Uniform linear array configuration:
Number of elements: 8
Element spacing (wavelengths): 0.25
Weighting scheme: hann
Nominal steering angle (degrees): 15
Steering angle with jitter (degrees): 13.071
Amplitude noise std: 0.05
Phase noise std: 0.05

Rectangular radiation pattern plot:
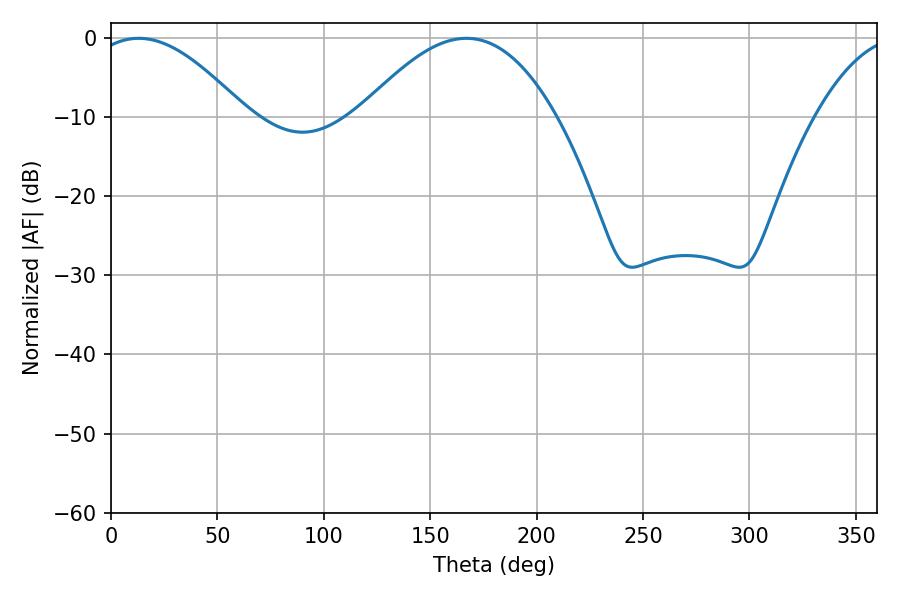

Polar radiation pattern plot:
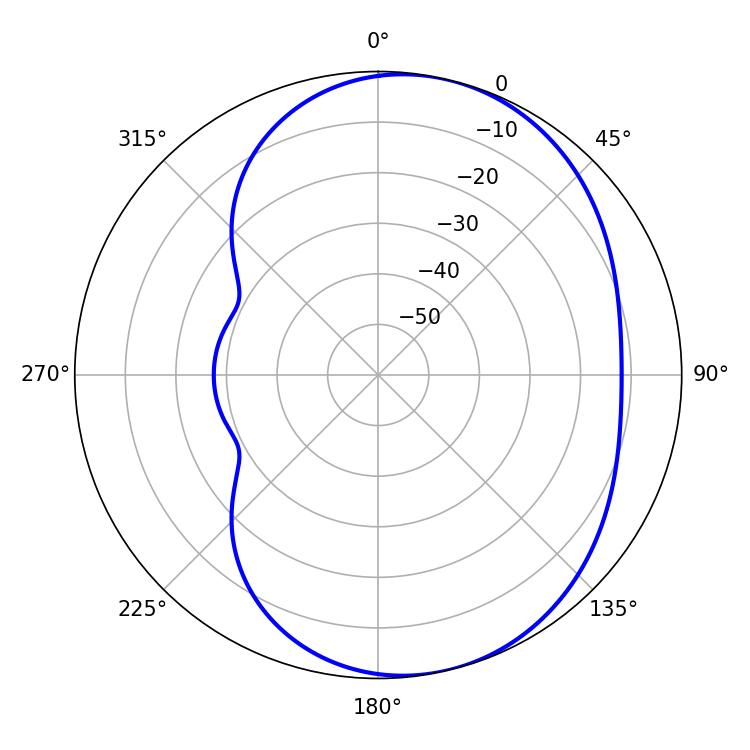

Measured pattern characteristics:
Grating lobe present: FALSE
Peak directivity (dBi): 5.811
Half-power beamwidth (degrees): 39.6
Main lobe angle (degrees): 12.96